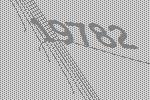
19782